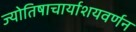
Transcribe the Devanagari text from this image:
ज्योतिषाचार्याशयवर्णन